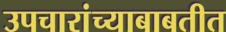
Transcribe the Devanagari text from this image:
उपचारांच्याबाबतीत